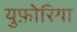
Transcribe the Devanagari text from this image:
युफ़ोरिया